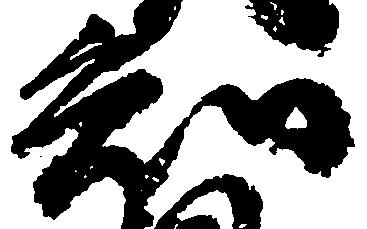
知